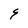
Character: 9